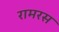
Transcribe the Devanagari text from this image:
रामरस